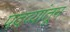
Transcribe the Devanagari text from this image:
पदव्यांतून